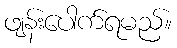
ဖျန်းပေါက်ရမည်။